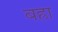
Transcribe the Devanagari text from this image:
बह्रा